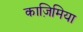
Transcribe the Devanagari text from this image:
काज़िमिया